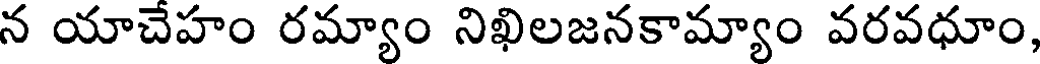
న యాచేహం రమ్యాం నిఖిలజనకామ్యాం వరవధూం,